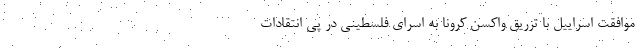
موافقت اسراییل با تزریق واکسن کرونا به اسرای فلسطینی در پی انتقادات